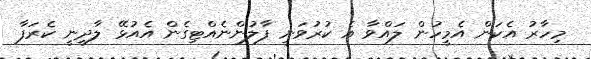
މިހާރު އެކަން އެމީހުން ލައްވާ އެ ކުރުވަނީ ފާލުންނެއްޓިގެން އެއުޅޭ ލާދީނީ ކެރަފާ